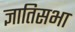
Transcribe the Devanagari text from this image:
ज्ञातिसभा